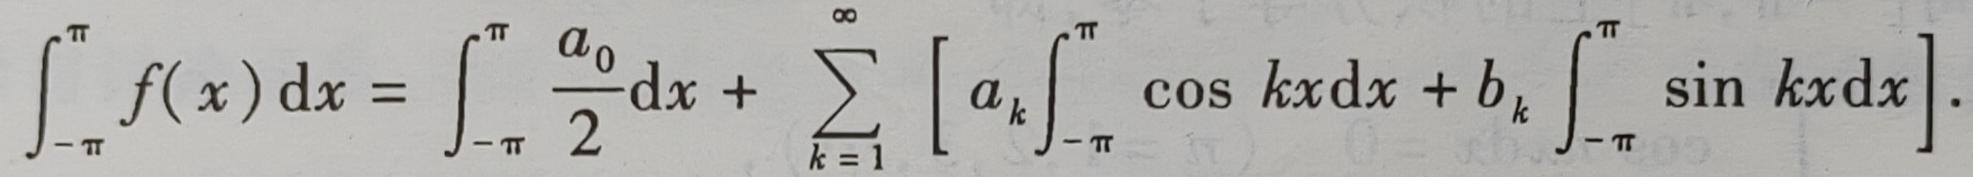
\[
\int_{-\pi}^{\pi} f(x) \mathrm{d}x = \int_{-\pi}^{\pi} \frac{a_0}{2} \mathrm{d}x + \sum_{k = 1}^{\infty} \left[ a_k \int_{-\pi}^{\pi} \cos kx \mathrm{d}x + b_k \int_{-\pi}^{\pi} \sin kx \mathrm{d}x \right].
\]